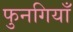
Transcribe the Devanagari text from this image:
फुनगियाँ